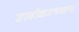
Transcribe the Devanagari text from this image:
डावीकडच्याच